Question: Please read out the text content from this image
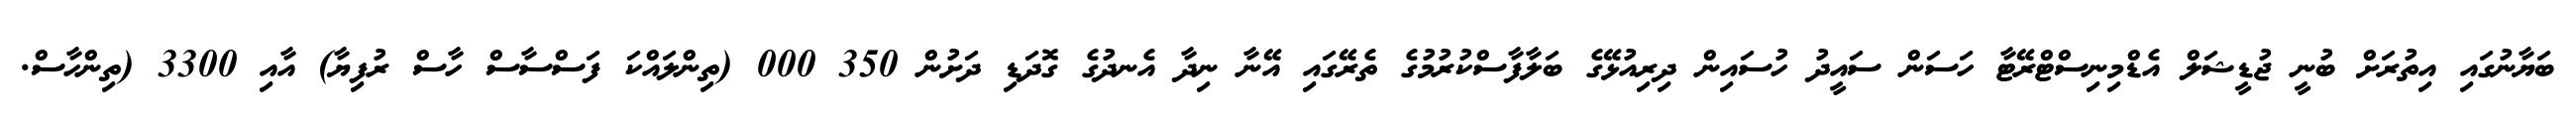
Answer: ބަޔާނުގައި އިތުރަށް ބުނީ ޖުޑީޝަލް އެޑްމިނިސްޓްރޭޓާ ހަސަން ސައީދު ހުސައިން ދިރިއުޅޭގެ ބަލާފާސްކުރުމުގެ ތެރޭގައި އޭނާ ނިދާ އެނދުގެ ގޮދަޑި ދަށުން 350 000 (ތިންލައްކަ ފަސްސާސް ހާސް ރުފިޔާ) އާއި 3300 (ތިންހާސް.